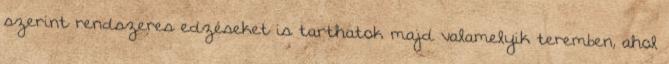
szerint rendszeres edzéseket is tarthatok majd valamelyik teremben, ahol